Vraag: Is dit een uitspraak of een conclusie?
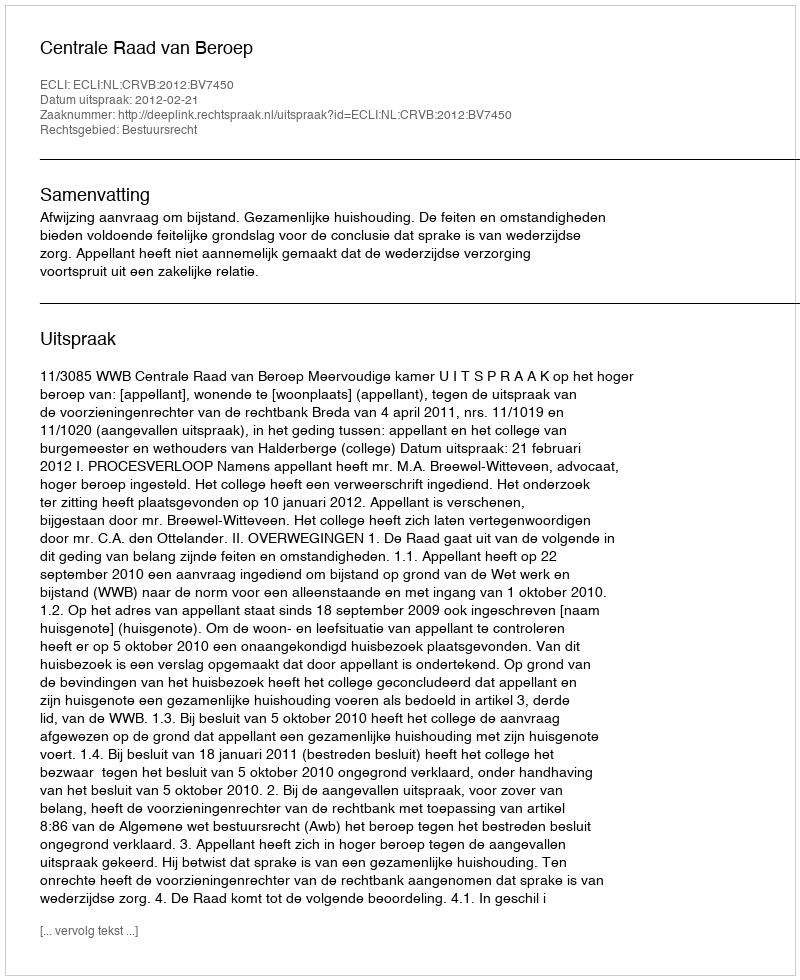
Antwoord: Uitspraak